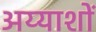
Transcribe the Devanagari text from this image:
अय्याशों